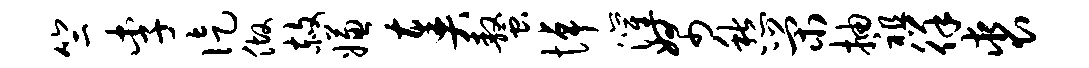
竺李徒做赦嫌奏螯悼灌帑愁荣抽祖徉裘